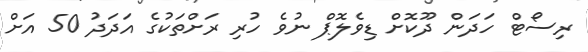
ރިސޯޓް ހަދަން ދޫކޮށް ޑިވެލޮޕް ނުވެ ހުރި ރަށްތަކުގެ އަދަދު 50 އަށް